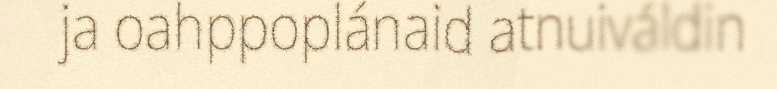
ja oahppoplánaid atnuiváldin